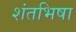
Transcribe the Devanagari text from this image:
शंतभिषा